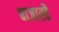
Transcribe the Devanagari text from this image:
बाजारहै